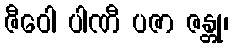
ဇီဝေါ ပါဏီ ပဇာ ဇန္တု၊